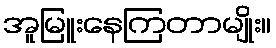
အူမြူးနေကြတာမျိုး။